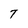
Character: T